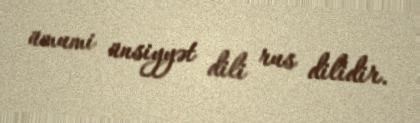
ümumi ünsiyyət dili rus dilidir.